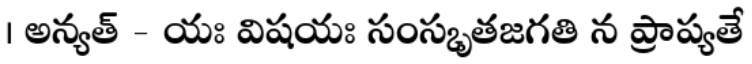
। అన్యత్ - యః విషయః సంస్కృతజగతి న ప్రాప్యతే